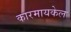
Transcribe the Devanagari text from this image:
कारमायकेल